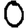
Digit: 0